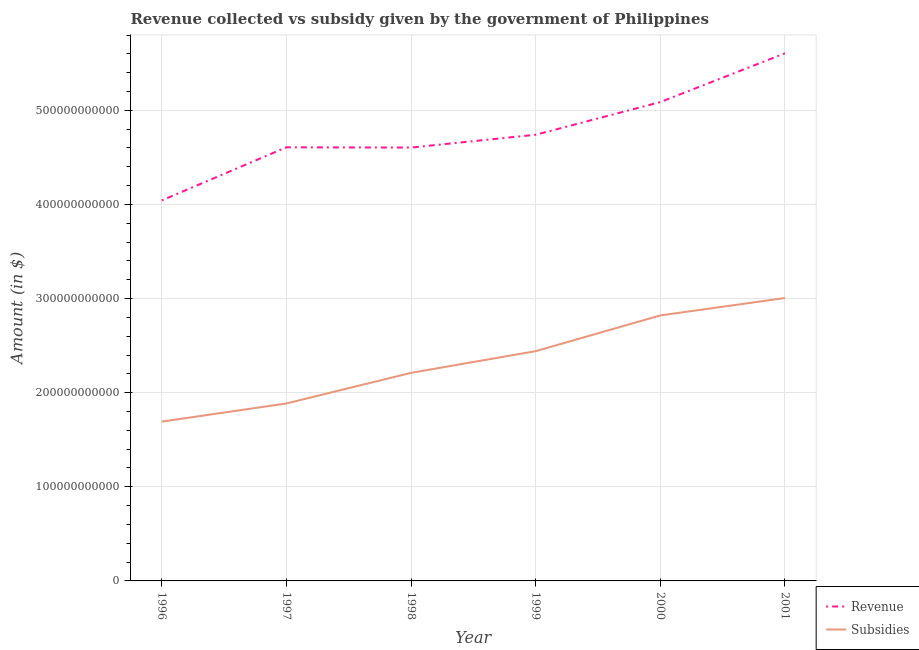
| Year | Revenue | Subsidies |
 | --- | --- | --- |
 | 1996 | 4.04e+11 | 1.69e+11 |
 | 1997 | 4.61e+11 | 1.89e+11 |
 | 1998 | 4.6e+11 | 2.21e+11 |
 | 1999 | 4.74e+11 | 2.44e+11 |
 | 2000 | 5.09e+11 | 2.82e+11 |
 | 2001 | 5.61e+11 | 3.01e+11 |